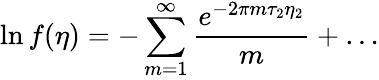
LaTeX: \ln f(\eta)=-\sum_{m=1}^{\infty}{\frac{e^{-2\pi m\tau_{2}\eta_{2}}}{m}}+\dots